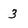
Character: 3